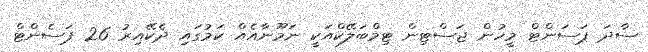
ސާދަ ޕަސަންޓް މީހުން ޖަސްޓިން ޓިމްބަލޭކްއަކީ ނަމޫނާއެއް ކަމުގައި ދެކޭއިރު 26 ޕަސެންޓް